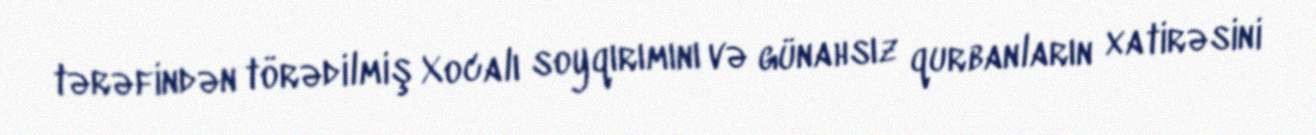
tərəfindən törədilmiş Xocalı soyqırımını və günahsız qurbanların xatirəsini